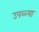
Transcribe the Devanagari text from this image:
उपळ्या